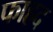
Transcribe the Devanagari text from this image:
फाहद